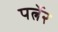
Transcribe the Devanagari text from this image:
पर्त्नेर